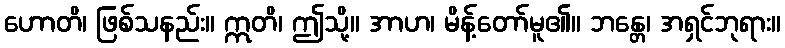
ဟောတိ၊ ဖြစ်သနည်း။ ဣတိ၊ ဤသို့။ အာဟ၊ မိန့်တော်မူ၏။ ဘန္တေ၊ အရှင်ဘုရား။